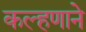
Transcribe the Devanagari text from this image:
कल्हणाने